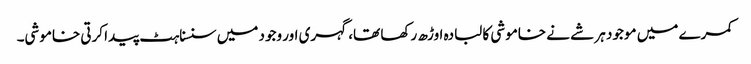
کمرے میں موجود ہر شے نے خاموشی کا لبادہ اوڑھ رکھا تھا، گہری اور وجود میں سنسناہٹ پیدا کرتی خاموشی۔